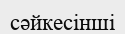
сәйкесінші